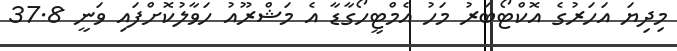
މިދިޔަ އަހަރުގެ އޮކްޓޯބަރު މަހު އެމްޓީހޯގާޑާ އެ މަޝްރޫއު ހަވާލުކޮށްފައި ވަނީ 37.8